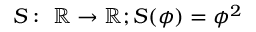
S : \ \mathbb { R } \to \mathbb { R } ; S ( \phi ) = \phi ^ { 2 }